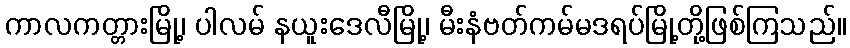
ကာလကတ္တားမြို့၊ ပါလမ် နယူးဒေလီမြို့၊ မီးနံဗတ်ကမ်မဒရပ်မြို့တို့ဖြစ်ကြသည်။